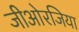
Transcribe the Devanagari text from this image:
जीओरजिया